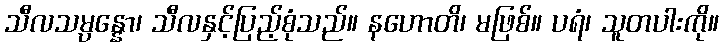
သီလသမ္ပန္နော၊ သီလနှင့်ပြည့်စုံသည်။ နဟောတိ၊ မဖြစ်။ ပရံ၊ သူတပါးကို။